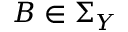
B \in \Sigma _ { Y }